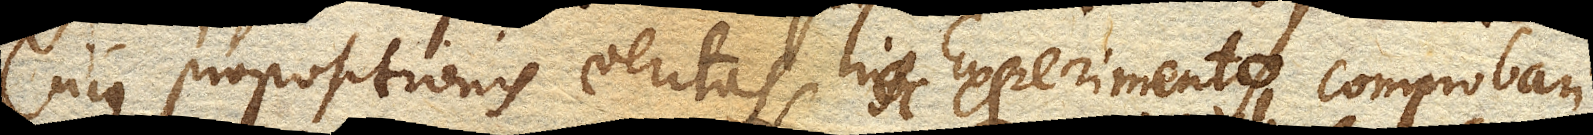
cujus propositionis veritas hoc Experimento comprobari